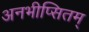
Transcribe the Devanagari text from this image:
अनभीप्सितम्